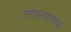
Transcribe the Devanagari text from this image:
सापडायचा